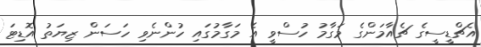
އެޗްޑީސީގެ ޗެއާމަންގެ މަގާމު ހުސްވީ އެ މަގާމުގައި ހުންނެވި ހަސަން ޒިޔަތު އޮޑިޓަ